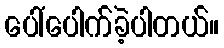
ပေါ်ပေါက်ခဲ့ပါတယ်။